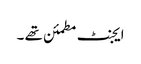
ایجنٹ مطمئن تھے ۔